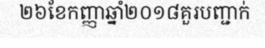
២៦ខែកញ្ញាឆ្នាំ២០១៨គួរបញ្ជាក់